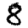
Digit: 8